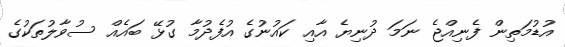
އުޑުމަތިން ފެނިއްޖެ ނަމަ ދުނިޔެ އާއި ކައުނުގެ އުފެދުމާ ގުޅޭ ބައެއް ސުވާލުތަކުގެ